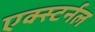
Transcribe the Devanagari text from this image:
एक्स्टर्नल